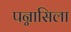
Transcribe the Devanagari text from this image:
पन्नासिला